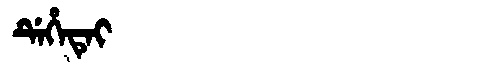
Manchu: ᡩᡝᡥᡝᡨᡝᡳ
Romanization: DEHETEI